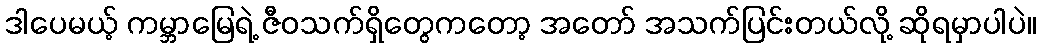
ဒါပေမယ့် ကမ္ဘာမြေရဲ့ ဇီဝသက်ရှိတွေကတော့ အတော် အသက်ပြင်းတယ်လို့ ဆိုရမှာပါပဲ။